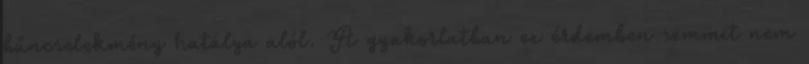
bűncselekmény hatálya alól. A gyakorlatban ez érdemben semmit nem